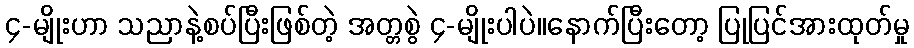
၄-မျိုးဟာ သညာနဲ့စပ်ပြီးဖြစ်တဲ့ အတ္တစွဲ ၄-မျိုးပါပဲ။နောက်ပြီးတော့ ပြုပြင်အားထုတ်မှု